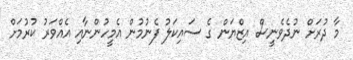
މާ ދުރަށް ނުދެވެނީސް އިޒްޔަން ގެ ސައިކަލު ފެނުމުން އެމީހުންނާއި އެއްވަރު ކުރުމަށް